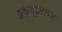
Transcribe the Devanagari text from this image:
अभ्रभूवल्लभ